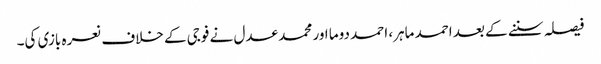
فیصلہ سننے کے بعد احمد ماہر، احمد دوما اور محمد عدل نے فوجی کے خلاف نعرہ بازی کی۔